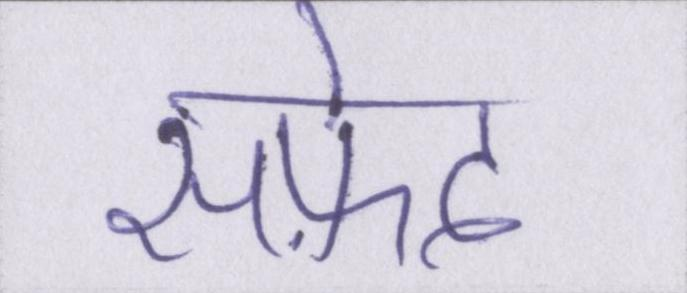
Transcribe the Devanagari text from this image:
सफ़ेद